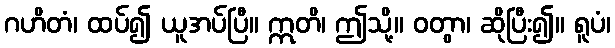
ဂဟိတံ၊ ထပ်၍ ယူအပ်ပြီ။ ဣတိ၊ ဤသို့။ ဝတွာ၊ ဆိုပြီး၍။ ရူပံ၊